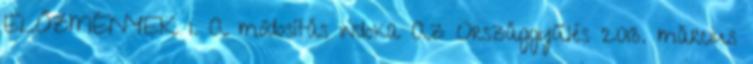
ELŐZMÉNYEK 1. A módosítás indoka Az Országgyűlés 2013. március